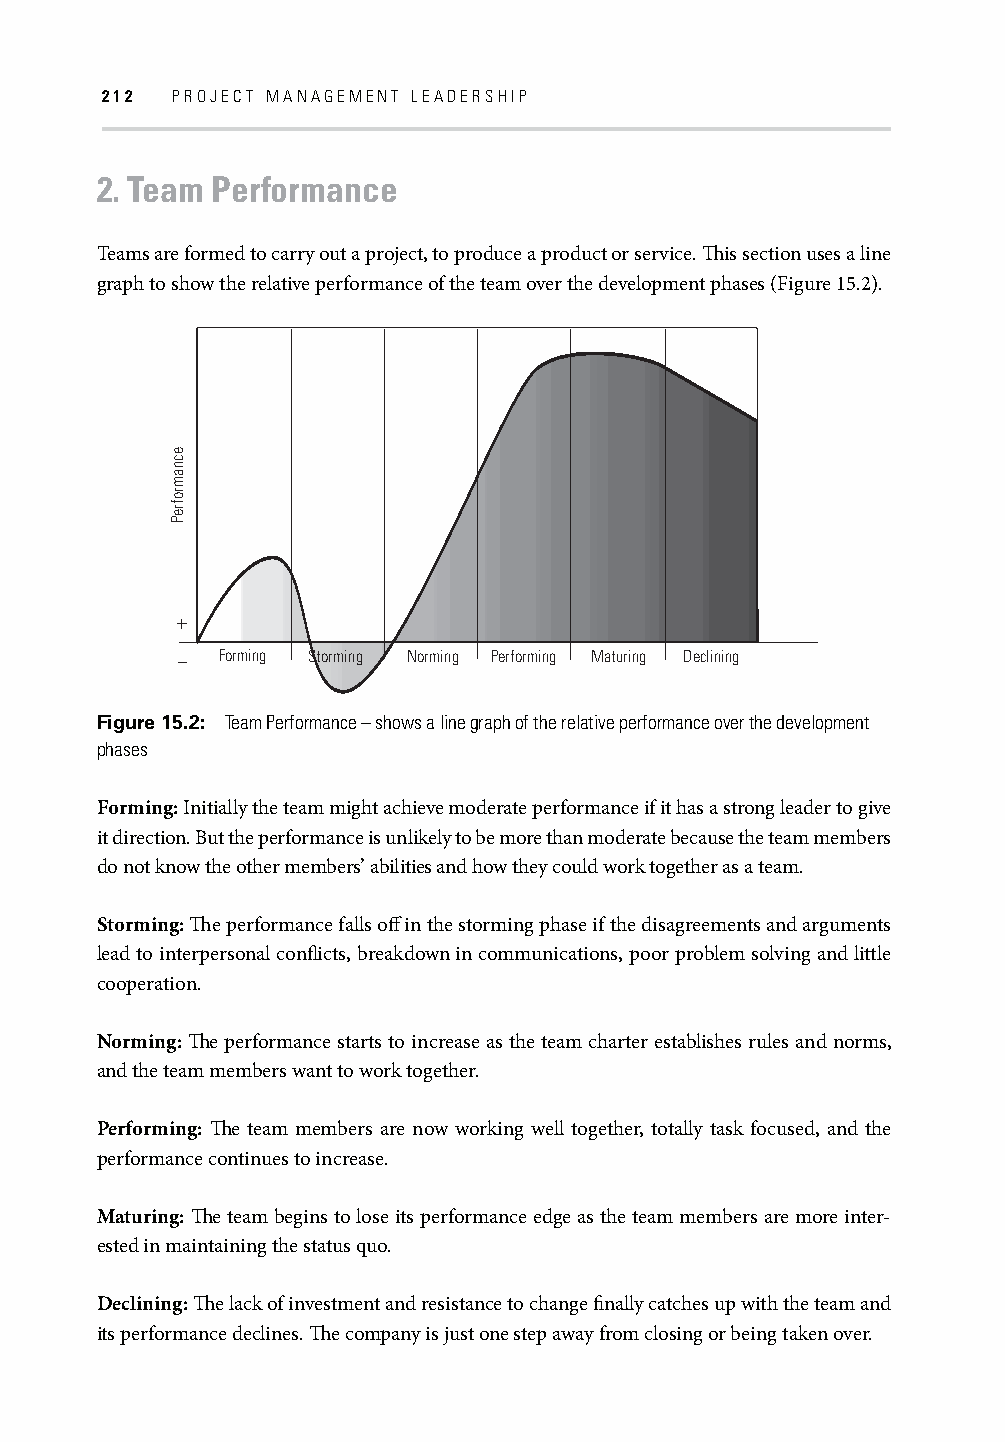
212 PROJECT MANAGEMENT LEADERSHIP
 2. Team Performance
 Teams are formed to carry out a project, to produce a product or service. Th is section uses a line
 graph to show the relative performance of the team over the development phases (Figure 15.2).
 +
 − Forming Storming Norming Performing Maturing Declining
 Figure 15.2: Team Performance – shows a line graph of the relative performance over the development
 phases
 Forming: Initially the team might achieve moderate performance if it has a strong leader to give
 it direction. But the performance is unlikely to be more than moderate because the team members
 do not know the other members’ abilities and how they could work together as a team.
 Storming: Th e performance falls off in the storming phase if the disagreements and arguments
 lead to interpersonal confl icts, breakdown in communications, poor problem solving and little
 cooperation.
 Norming: Th e performance starts to increase as the team charter establishes rules and norms,
 and the team members want to work together.
 Performing: Th e team members are now working well together, totally task focused, and the
 performance continues to increase.
 Maturing: Th e team begins to lose its performance edge as the team members are more inter-
 ested in maintaining the status quo.
 Declining: Th e lack of investment and resistance to change fi nally catches up with the team and
 its performance declines. Th e company is just one step away from closing or being taken over.
 ecnamrofreP